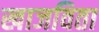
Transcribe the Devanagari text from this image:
खाजविता